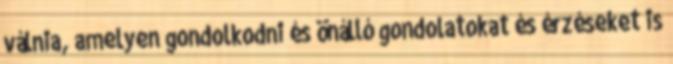
válnia, amelyen gondolkodni és önálló gondolatokat és érzéseket is